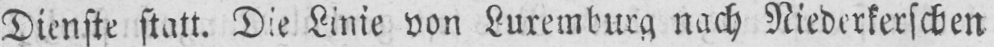
Dienste statt. Die Linie von Luxemburg nach Niederkerschen